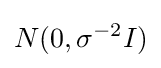
N(0,\sigma ^{-2}I)